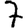
Digit: 7